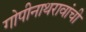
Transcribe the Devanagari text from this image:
गोपीनाथरावांची